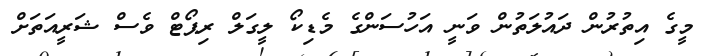
މީގެ އިތުރުން ދައުލަތުން ވަނީ އަހުސަންގެ މެޑިކޯ ލީގަލް ރިޕޯޓް ވެސް ޝަރީއަތަށް